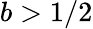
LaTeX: b>1/2